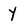
Character: Y